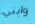
وابني